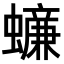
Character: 𧒲